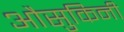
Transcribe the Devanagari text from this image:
औसुकिनी